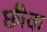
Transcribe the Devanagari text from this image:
छीक